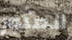
العثور